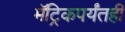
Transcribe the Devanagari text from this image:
मॅट्रिकपर्यंतही